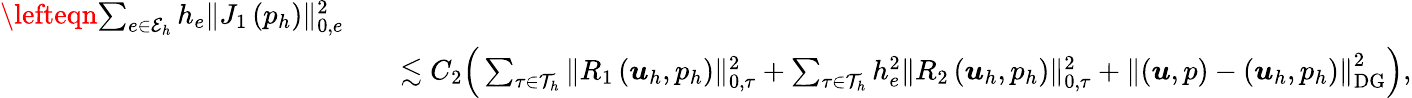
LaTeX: \begin{array}{rlr}{\lefteqn{\sum_{e\in\mathcal{E}_{h}}h_{e}\| J_{1}\left(p_{h}\right)\| _{0,e}^{2}}}\\ &{}&{\lesssim C_{2}\Big(\sum_{\tau\in\mathcal{T}_{h}}\| R_{1}\left(\boldsymbol{u}_{h},p_{h}\right)\| _{0,\tau}^{2}+\sum_{\tau\in\mathcal{T}_{h}}h_{e}^{2}\| R_{2}\left(\boldsymbol{u}_{h},p_{h}\right)\| _{0,\tau}^{2}+\left\| (\boldsymbol{u},p)-(\boldsymbol{u}_{h},p_{h})\right\| _{\mathrm{DG}}^{2}\Big),}\end{array}